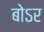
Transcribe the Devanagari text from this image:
बोऽर